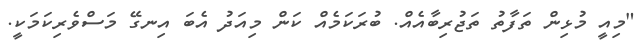
"މިއީ މުޅިން ތަފާތު ތަޖުރިބާއެއް. ބުރަކަމެއް ކަން މިއަދު އެބަ އިނގޭ މަސްވެރިކަމަކީ.